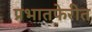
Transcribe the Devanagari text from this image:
प्रभातफेरीत